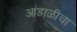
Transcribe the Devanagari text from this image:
आंडाळीचा